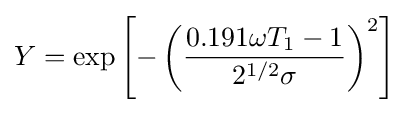
Y=\exp \left[-\left({\frac {0.191\omega T_{1}-1}{2^{1/2}\sigma }}\right)^{2}\right]